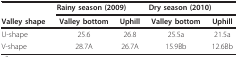
<table><thead><tr><td></td><td colspan="2"><b>Rainy season (2009)</b></td><td colspan="2"><b>Dry season (2010)</b></td></tr><tr><td><b>Valley shape</b></td><td><b>Valley bottom</b></td><td><b>Uphill</b></td><td><b>Valley bottom</b></td><td><b>Uphill</b></td></tr></thead><tbody><tr><td>U-shape</td><td>25.6</td><td>26.8</td><td>25.5a</td><td>21.5a</td></tr><tr><td>V-shape</td><td>28.7A</td><td>26.7A</td><td>15.9Bb</td><td>12.6Bb</td></tr></tbody></table>